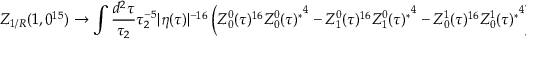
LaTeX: Z _ { 1 / R } ( 1 , 0 ^ { 1 5 } ) \to \int \frac { d ^ { 2 } \tau } { \tau _ { 2 } } \tau _ { 2 } ^ { - 5 } | \eta ( \tau ) | ^ { - 1 6 } \left( Z _ { 0 } ^ { 0 } ( \tau ) ^ { 1 6 } { Z _ { 0 } ^ { 0 } ( \tau ) ^ { * } } ^ { 4 } - Z _ { 1 } ^ { 0 } ( \tau ) ^ { 1 6 } { Z _ { 1 } ^ { 0 } ( \tau ) ^ { * } } ^ { 4 } - Z _ { 0 } ^ { 1 } ( \tau ) ^ { 1 6 } { Z _ { 0 } ^ { 1 } ( \tau ) ^ { * } } ^ { 4 } \right) \ ,